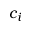
c _ { i }